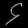
Digit: ၄